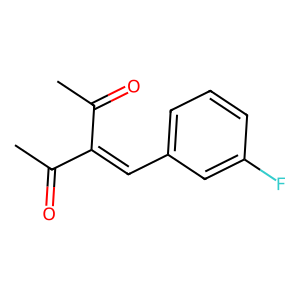
SMILES: CC(=O)C(=Cc1cccc(F)c1)C(C)=O
Inhibits HIV replication: No